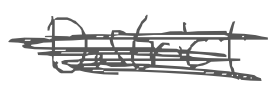
Text: District
Cross-out: scratch
Writing tool: digital_gray